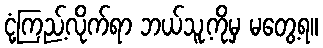
ငုံ့ကြည့်လိုက်ရာ ဘယ်သူ့ကိုမှ မတွေ့ရ။